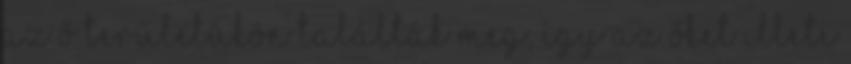
az ő területükön találták meg, így az őket illeti